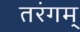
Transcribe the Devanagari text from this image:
तरंगम्